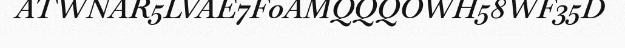
ATWNAR5LVAE7F0AMQQQOWH58WF35D